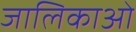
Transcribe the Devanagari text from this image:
जालिकाओं